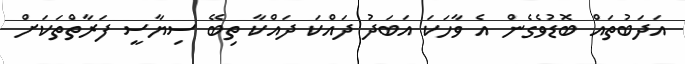
އަދަބުތައް ބޮޑުވެގެން އެ ވާހަކަ އަބަދު ދައްކަ ދައްކާ ތިބޭ ސިޔާސީ ފަރާތްތަަކަަށް